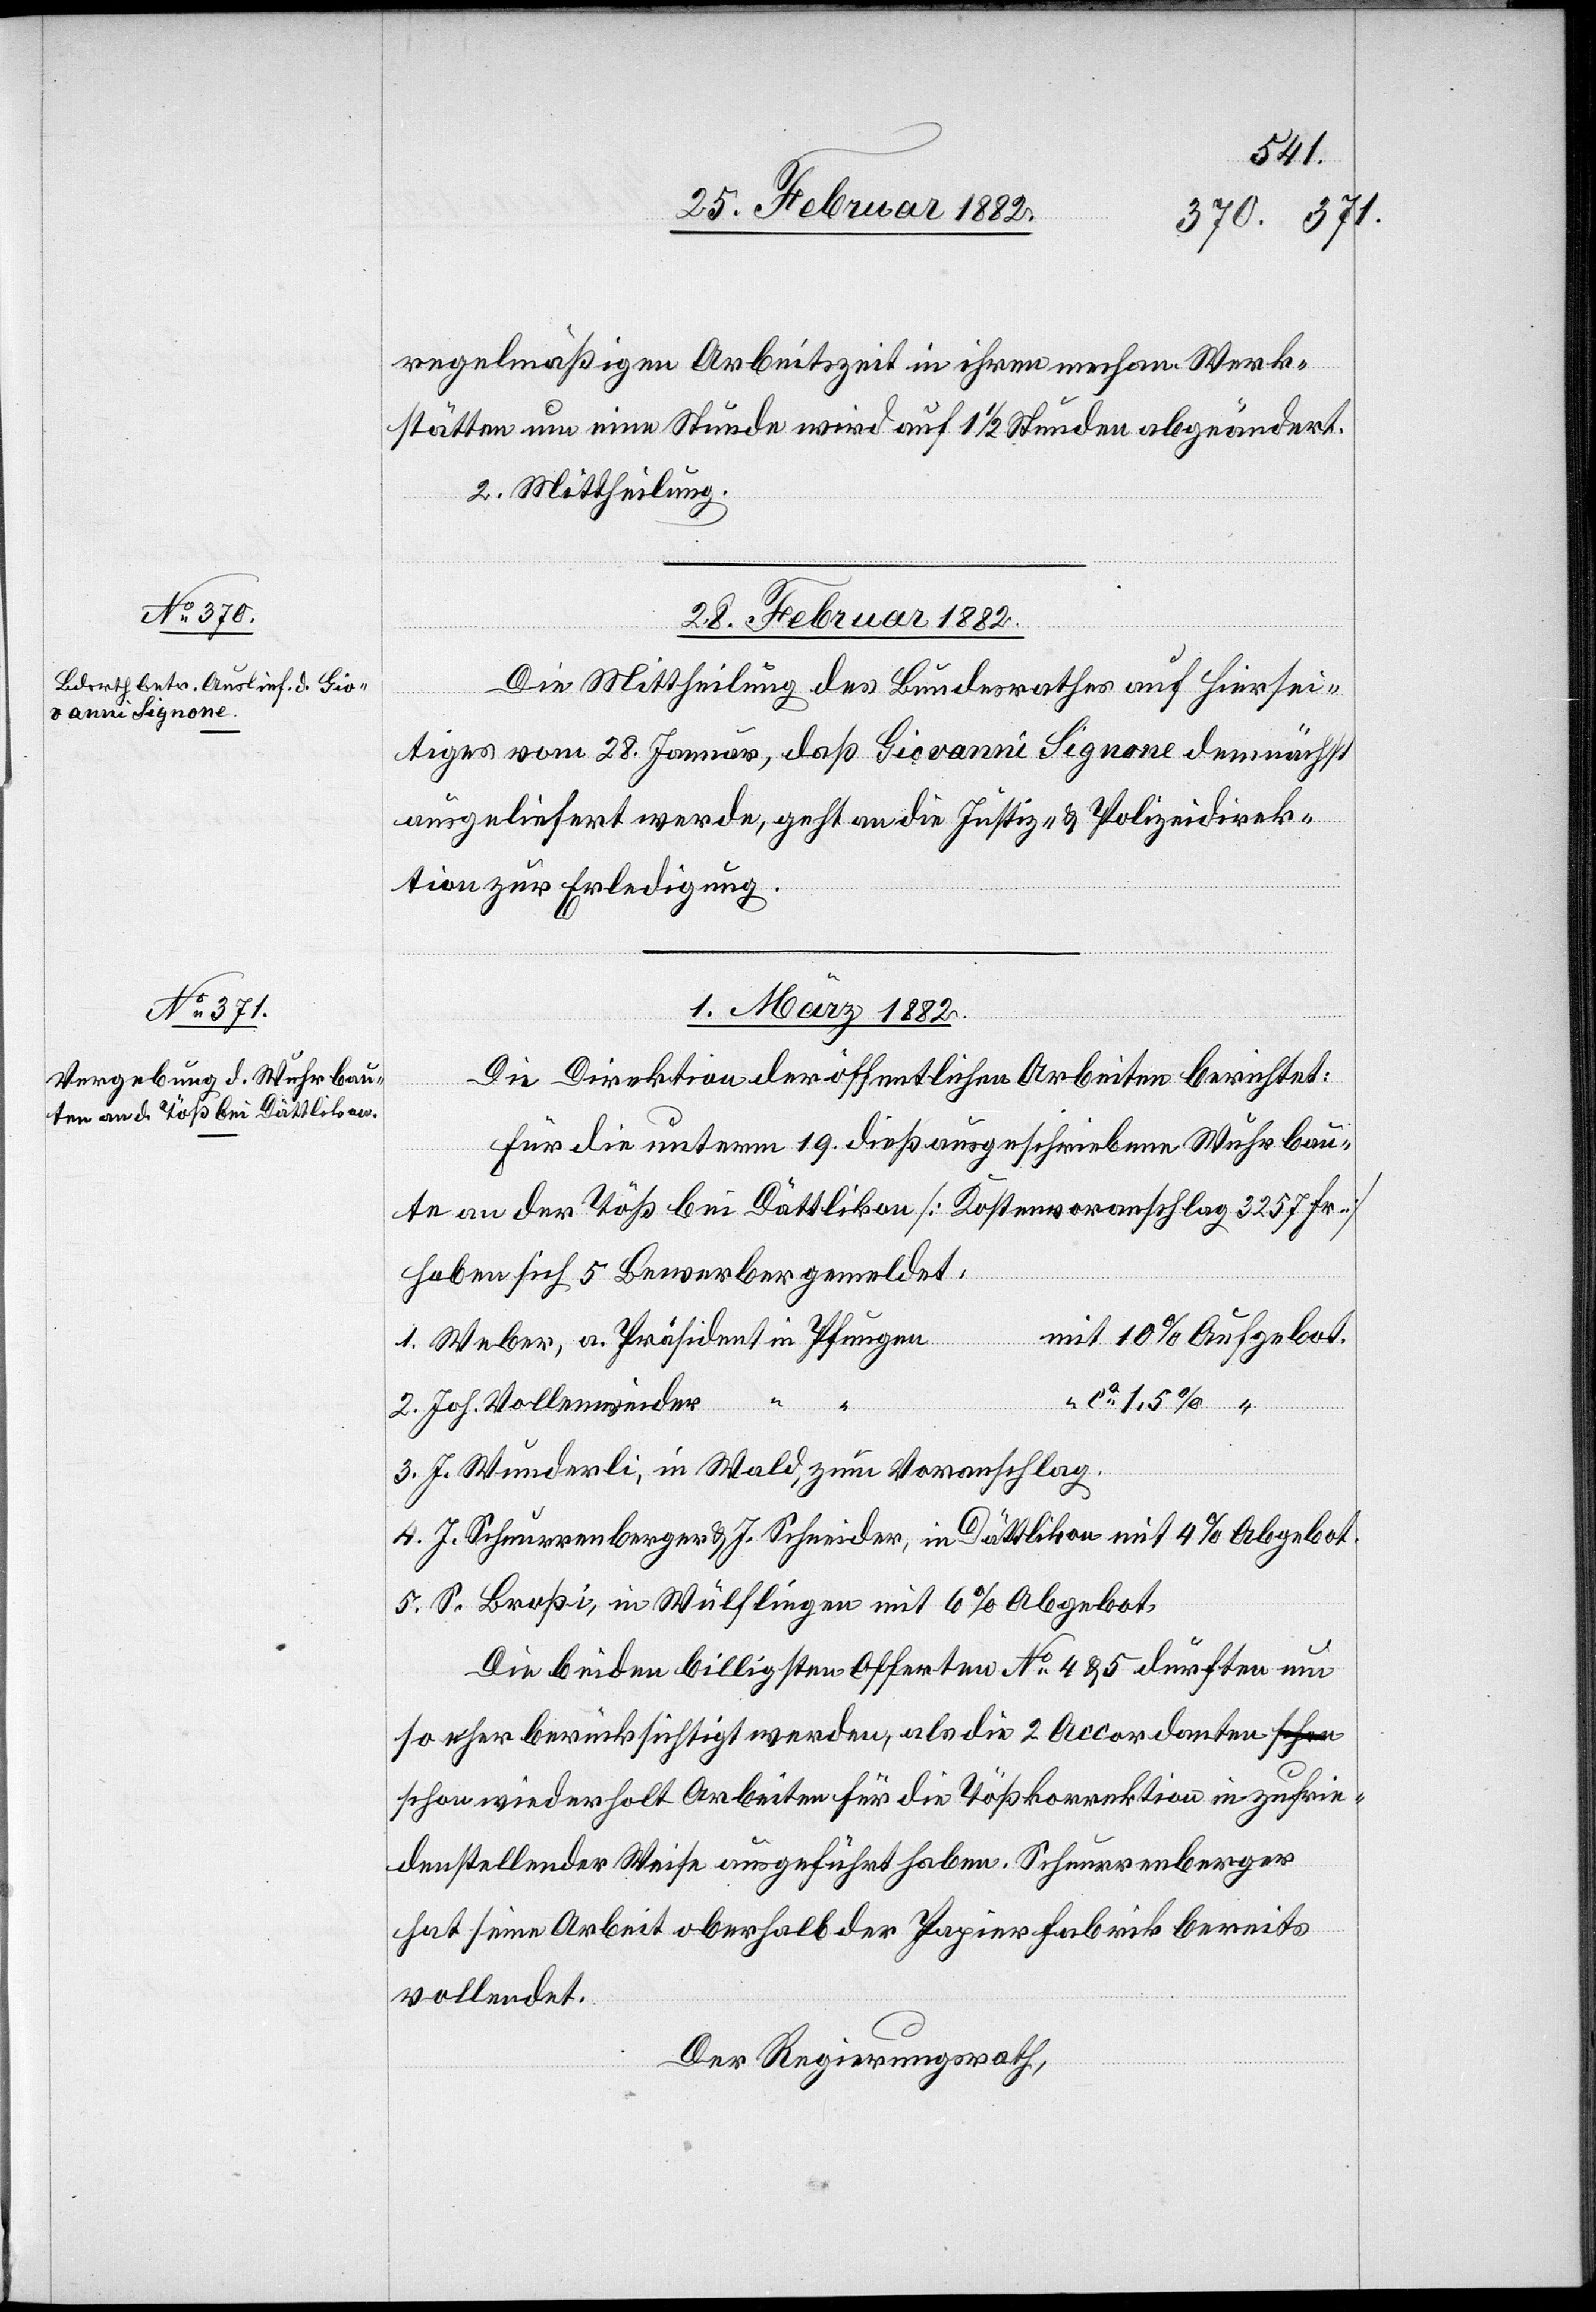
regelmäßige Arbeitszeit in ihren mechan. Werk¬
mit
stätten um eine Stunde wird auf 11/2 Stunden abgeändert.
2. Mittheilung.
28. Februar 1882.
Die Mittheilung des Bundesrathes auf hiersei¬
tiges vom 28. Januar, daß Giovanni Signone demnächst
ausgeliefert werde, geht an die Justiz- & Polizeidirek¬
tion zur Erledigung.
01. März 1882.
Die Direktion der öffentlichen Arbeiten berichtet:
Für die unterm 19. dieß ausgeschriebene Wuhrbau¬
te an der Töß bei Dättlikon [Kostenvoranschlag 3257 Fr.]
haben sich 5 Bewerber gemeldet:
S.
Weber, a. Präsident in Pfungen
Abgebot.
Wülflingen
Joh. Vollenweider
J. Wunderli, in Wald, zum Voranschlag
Die beiden billigsten Offerten No 4 & 5 dürften neu
so eher berücksichtigt werden, als die 2 Accordanten s¬
chon wiederholt Arbeiten für die Tößkorrektion in zufrie¬
denstellender Weise ausgeführt haben. Scheurrenberger
hat seine Arbeiten oberhalb der Papierfabrik bereits
vollendet.
Der Regierungsrath